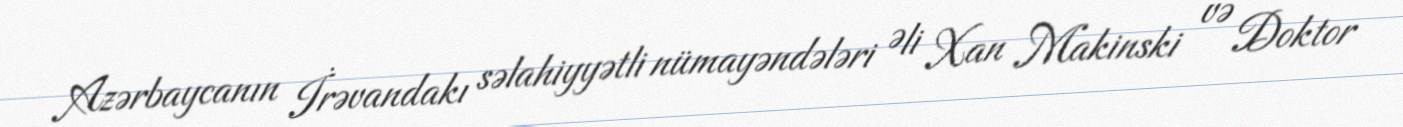
Azərbaycanın İrəvandakı səlahiyyətli nümayəndələri Əli Xan Makinski və Doktor